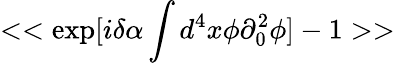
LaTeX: <<\exp[i\delta\alpha\int d^{4}x\phi\partial_{0}^{2}\phi]-1>>